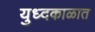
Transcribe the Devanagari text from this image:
युध्दकाळात